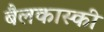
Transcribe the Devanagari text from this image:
बैलकास्की